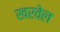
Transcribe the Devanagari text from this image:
खरवेल